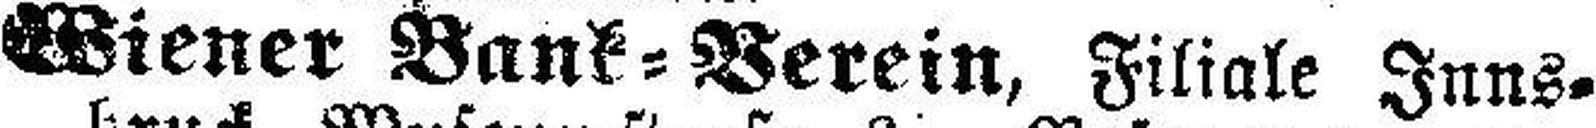
Wiener Bank=Verein, Filiale Inns¬